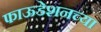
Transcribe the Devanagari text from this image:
फाऊडेशनच्या